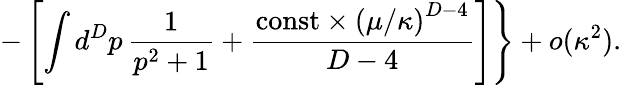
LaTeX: -\left[\int d^{D}p\, {\frac{1}{p^{2}+1}}+{\frac{\mathrm{const}\times\left(\mu/\kappa\right)^{D-4}}{D-4}}\right]\Biggr\} +o(\kappa^{2}).